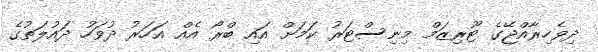
ދިވެހިރާއްޖޭގެ ޓޫރިޒަމް މިނިސްޓަރު ކަމަށް އައި ބްރޯ އެއް އަހަރު ދުވަހު ދައުލަތުގެ